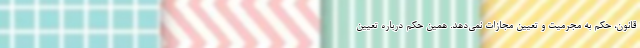
قانون، حکم به مجرمیت و تعیین مجازات نمی‌دهد. همین حکم درباره تعیین